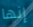
إنها